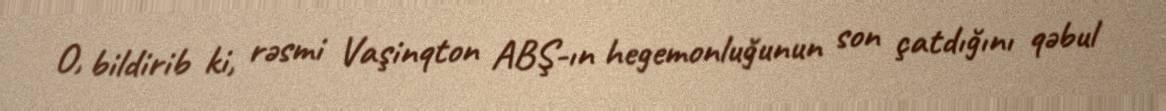
O, bildirib ki, rəsmi Vaşinqton ABŞ-ın hegemonluğunun son çatdığını qəbul